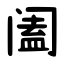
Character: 阖